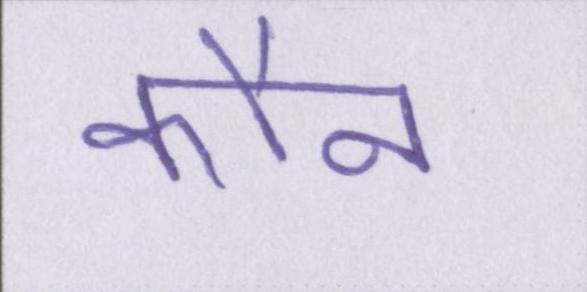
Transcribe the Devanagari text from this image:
कौन